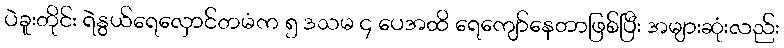
ပဲခူးတိုင်း ရဲနွယ်ရေလှောင်တမံက ၅ ဒသမ ၄ ပေအထိ ရေကျော်နေတာဖြစ်ပြီး အများဆုံးလည်း